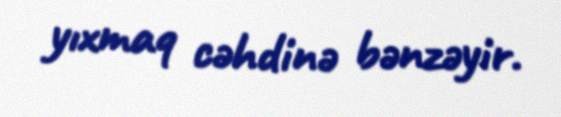
yıxmaq cəhdinə bənzəyir.